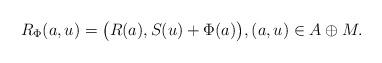
LaTeX: \begin{align*}R_\Phi (a,u) = \big( R(a), S (u) + \Phi (a) \big), (a, u) \in A \oplus M.\end{align*}